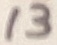
Text: 13